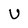
Character: U